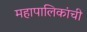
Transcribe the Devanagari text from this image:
महापालिकांची